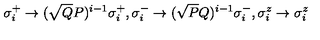
\sigma _ { i } ^ { + } \rightarrow ( \sqrt { Q } { P } ) ^ { i - 1 } \sigma _ { i } ^ { + } , \sigma _ { i } ^ { - } \rightarrow ( \sqrt { P } { Q } ) ^ { i - 1 } \sigma _ { i } ^ { - } , \sigma _ { i } ^ { z } \rightarrow \sigma _ { i } ^ { z }